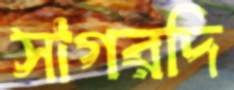
সাগরদি